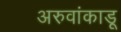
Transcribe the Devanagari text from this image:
अरुवांकाडू